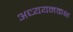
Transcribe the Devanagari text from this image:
अध्ययनकक्ष